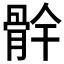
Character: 䯎